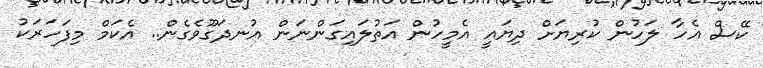
ކޭސް އެހާ ލަހުން ކުރިޔަށް ދިޔައީ އެމީހުން އަތުލައިގަންނަން އުނދަގޫވެގެން.. އެކަމް މިފަހަރަކު